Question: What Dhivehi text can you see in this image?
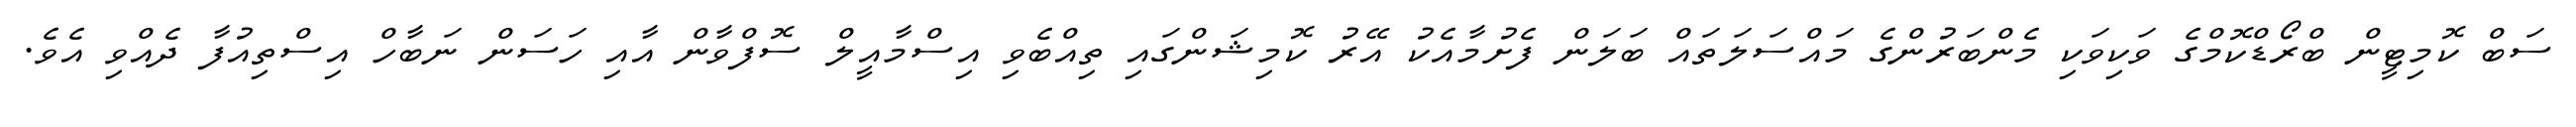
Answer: ސަބް ކޮމިޓީން ބްރޯޑްކޮމްގެ ވަކިވަކި މެންބަރުންގެ މައްސަލަތައް ބަލަން ފެށުމާއެކު އޭރު ކޮމިޝަންގައި ތިއްބެވި އިސްމާއީލް ސޮފްވާން އާއި ހަސަން ނަބާހް އިސްތިއުފާ ދެއްވި އެވެ.